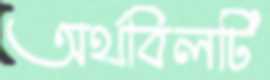
অর্থবিলটি